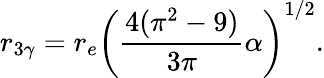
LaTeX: r_{3\gamma}=r_{e}\left({\frac{4(\pi^{2}-9)}{3\pi}}\alpha\right)^{1/2}.